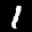
Label: 1